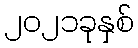
၂၀၂၁ခုနှစ်